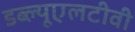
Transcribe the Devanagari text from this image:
डब्ल्यूएलटीवी